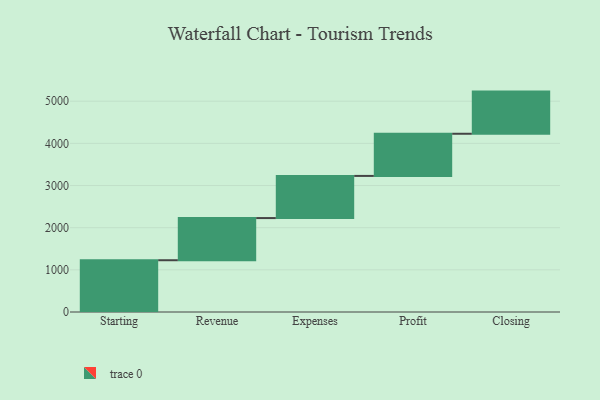
{"axis": {"x": "Step", "y": "Value"}, "legend": [""], "data": [{"x": "Starting", "y": 1228.0, "type": ""}, {"x": "Revenue", "y": 1000, "type": ""}, {"x": "Expenses", "y": 1000, "type": ""}, {"x": "Profit", "y": 1000, "type": ""}, {"x": "Closing", "y": 1000, "type": ""}]}